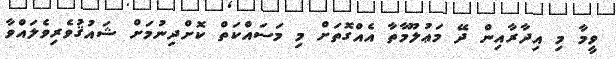
ވީމާ މި އިދާރާއިން ދޭ މަޢުލޫމާތާ އެއްގޮތަށް މި މަސައްކަތް ކޮށްދިނުމަށް ޝައުޤުވެރިވެލައްވާ